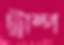
ট্রাম্প